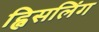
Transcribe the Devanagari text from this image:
ह्विसलिंग